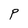
Character: P